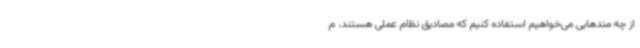
از چه متدهایی می‌خواهیم استفاده کنیم که مصادیق نظام عملی هستند، م